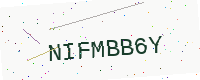
Text: NIFMBB6Y